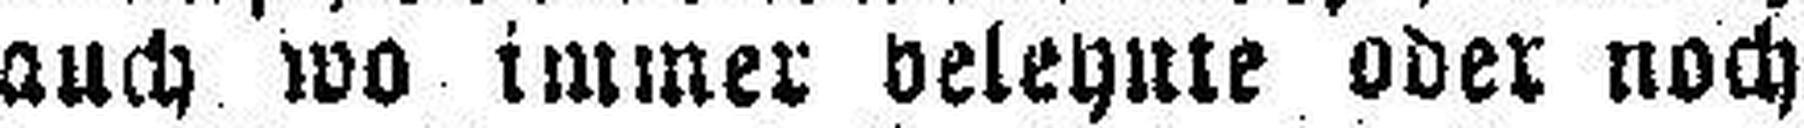
auch wo immer beleynte oder noch